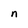
Character: n